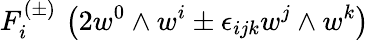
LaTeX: F_{i}^{(\pm)}\, \left(2w^{0}\wedge w^{i}\pm\epsilon_{ijk}w^{j}\wedge w^{k}\right)